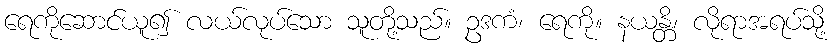
ရေကိုဆောင်ယူ၍ လယ်လုပ်သော သူတို့သည်။ ဥဒကံ၊ ရေကို။ နယန္တိ၊ လိုရာအရပ်သို့